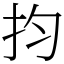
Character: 抣